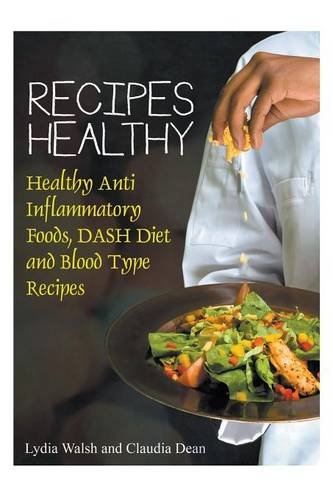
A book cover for Recipes Healthy: Healthy Anti Inflammatory Foods, DASH Diet and Blood Type Recipes; Lydia Walsh; Health, Fitness & Dieting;